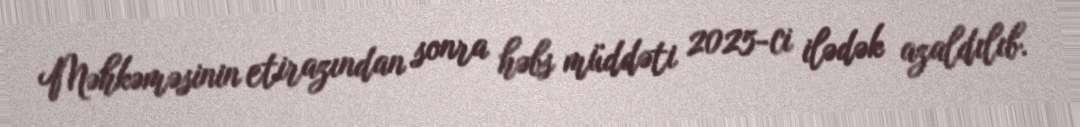
Məhkəməsinin etirazından sonra həbs müddəti 2025-ci ilədək azaldılıb.